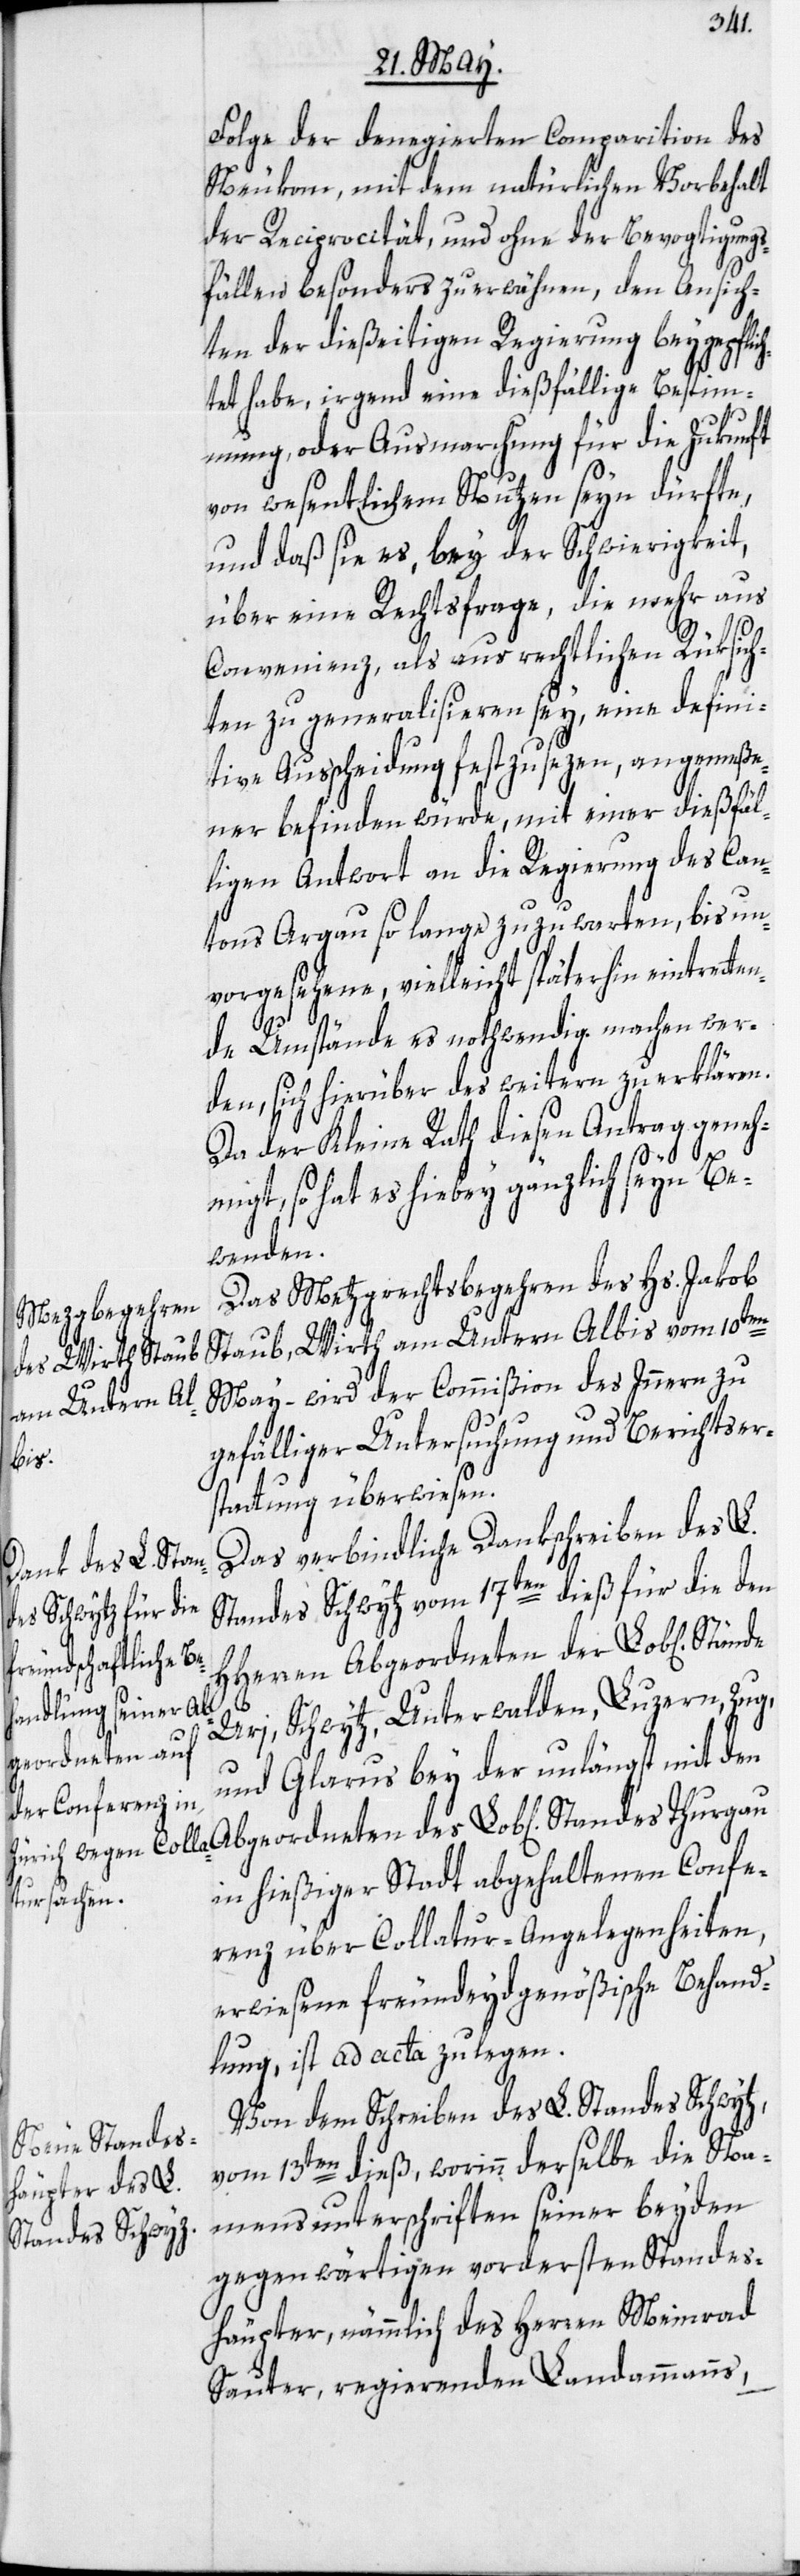
Folge der denegierten Comparition des
Neukom, mit dem natürlichen Vorbehalt
der Reciprocität, und ohne der Bevogtigungs¬
fällen besonders zu erwähnen, den Ansich¬
ten der dießeitigen Regierung beygepflic¬
htet habe, irgend eine dießfällige Bestim¬
mung, oder Ausmarchung für die Zukunft
von wesentlichem Nutzen seyn dürfte,
und daß sie es, bey der Schwierigkeit,
über eine Rechtsfrage, die mehr aus
Convenienz, als aus rechtlichen Rüksich¬
ten zu generalisieren sey, eine defini¬
tive Ausscheidung festzusezen, angemeße¬
ner befinden würde, mit einer dießfäl¬
ligen Antwort an die Regierung des Can¬
tons Argau so lange zuzuwarten, bis un¬
vorgesehene, vielleicht späterhin eintretten¬
de Umstände es nothwendig machen wer¬
den, sich hierüber des weitern zu erklären.
Da der Kleine Rath diesen Antrag geneh¬
migt, so hat es hiebey gänzlich seyn Be¬
wenden.
Das Metzgrechtsbegehren des Hs. Jakob
Staub, Wirth am Untern Albis vom 10ten
May – wird der Commißion des Innern zu
gefälliger Untersuchung und Berichtser¬
stattung überwiesen.
Das verbindliche Dankschreiben des L.
Standes Schwytz vom 17ten dieß für die den
HHerren Abgeordneten der Lob[lichen]
Ab¬
Uri, Schwytz, Unterwalden, Luzern, Zug,
geordneten des
und Glarus bey der unlängst mit den
in hießiger Stadt abgehaltenen Confe¬
renz über Collatur-Angelegenheiten,
erwiesene freundeydgenößische Behand¬
lung, ist ad acta zu legen.
Von dem Schreiben des L. Standes Schwytz,
vom 13ten dieß, worinn derselbe die Na¬
mensunterschriften seiner beyden
Standes Thurgau
gegenwärtigen vordersten Standes¬
häupter, nämmlich des Herren Meinrad
Sauter, regierenden Landammanns,